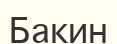
Бакин